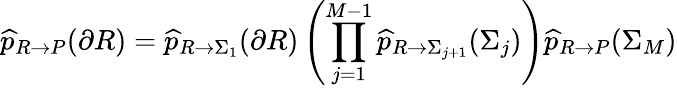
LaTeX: \widehat{p}_{R\rightarrow P}(\partial R)=\widehat{p}_{R\rightarrow\Sigma_{1}}(\partial R)\left(\prod_{j=1}^{M-1}\widehat{p}_{R\rightarrow\Sigma_{j+1}}(\Sigma_{j})\right)\widehat{p}_{R\rightarrow P}(\Sigma_{M})